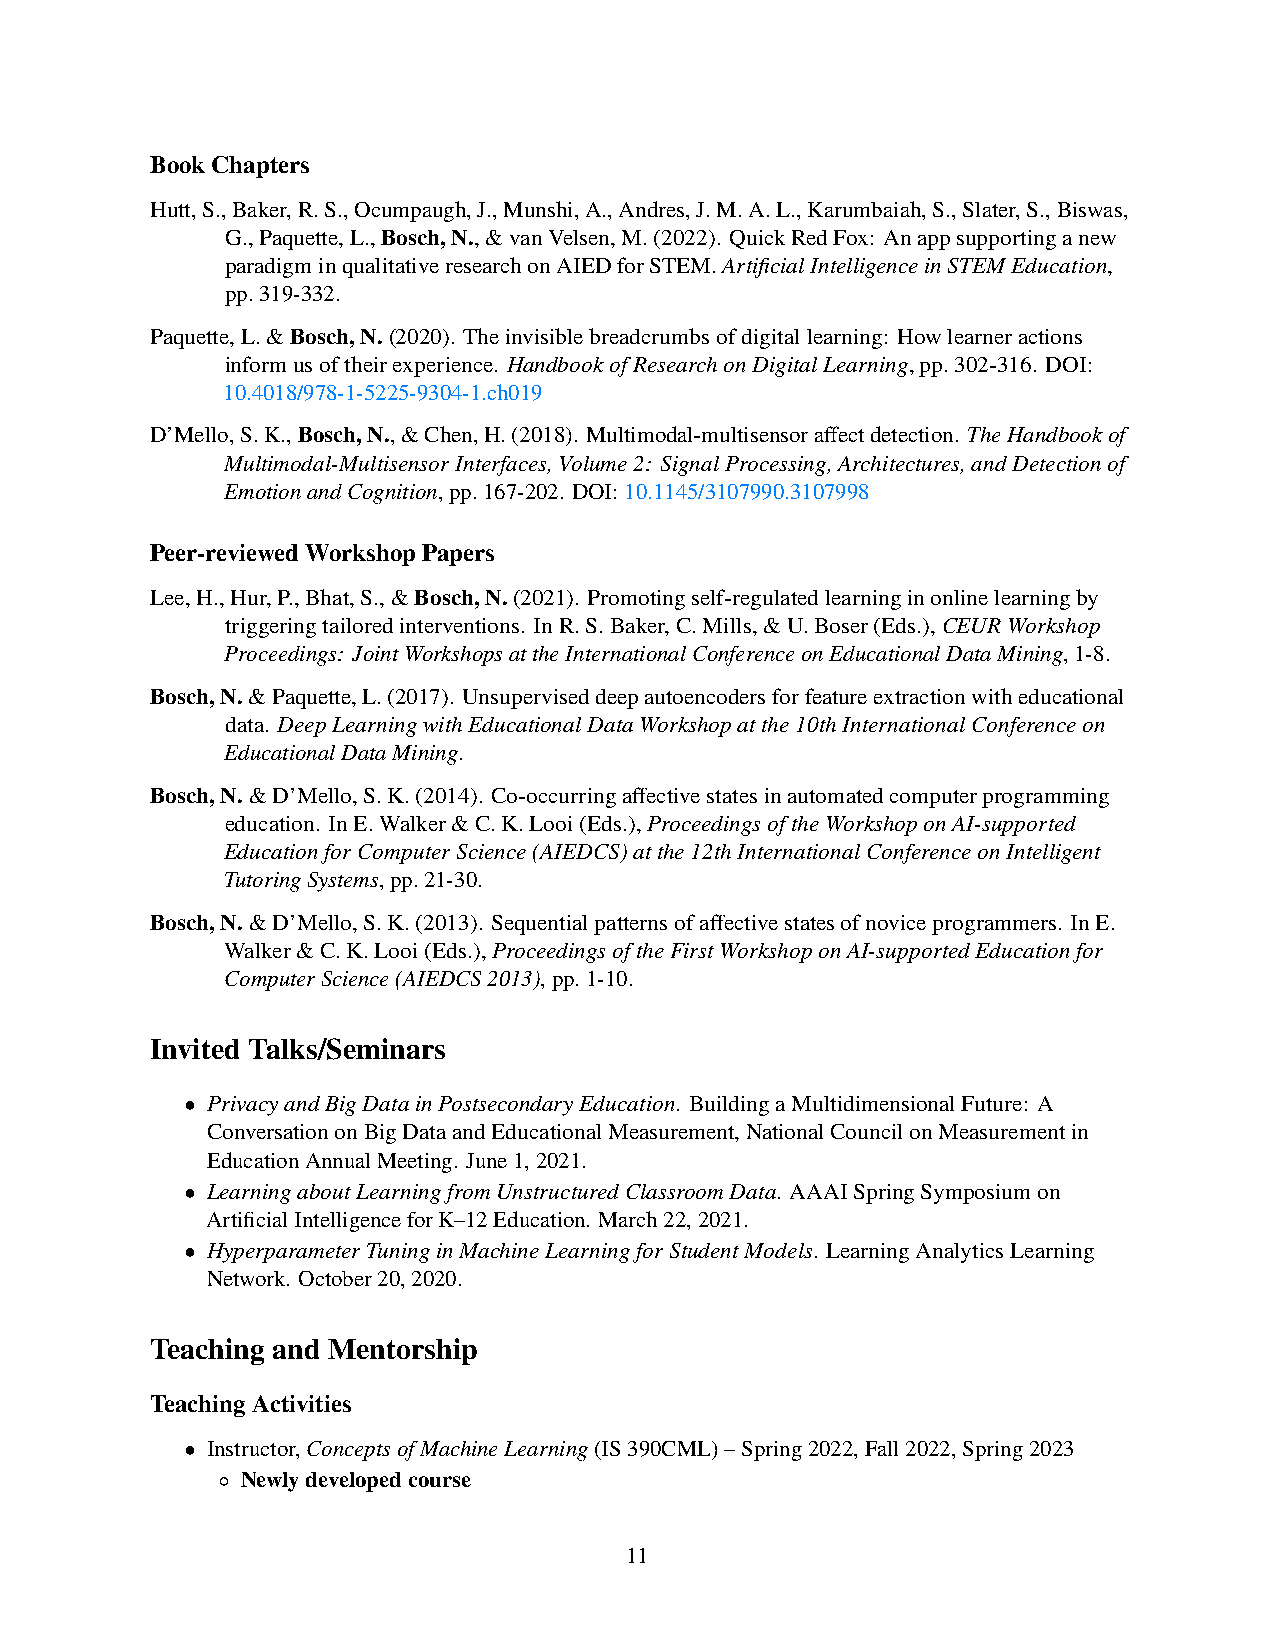
BookChapters
 Hutt,S.,Baker,R.S.,Ocumpaugh,J.,Munshi,A.,Andres,J.M.A.L.,Karumbaiah,S.,Slater,S.,Biswas,
 G.,Paquette,L.,Bosch,N.,&vanVelsen,M.(2022). QuickRedFox: Anappsupportinganew
 paradigminqualitativeresearchonAIEDforSTEM.ArtificialIntelligenceinSTEMEducation,
 pp.319-332.
 Paquette,L.&Bosch,N.(2020). Theinvisiblebreadcrumbsofdigitallearning: Howlearneractions
 informusoftheirexperience. HandbookofResearchonDigitalLearning,pp.302-316. DOI:
 10.4018/978-1-5225-9304-1.ch019
 D’Mello,S.K.,Bosch,N.,&Chen,H.(2018). Multimodal-multisensoraffectdetection. TheHandbookof
 Multimodal-MultisensorInterfaces,Volume2: SignalProcessing,Architectures,andDetectionof
 EmotionandCognition,pp.167-202. DOI:10.1145/3107990.3107998
 Peer-reviewedWorkshopPapers
 Lee,H.,Hur,P.,Bhat,S.,&Bosch,N.(2021). Promotingself-regulatedlearninginonlinelearningby
 triggeringtailoredinterventions. InR.S.Baker,C.Mills,&U.Boser(Eds.),CEURWorkshop
 Proceedings: JointWorkshopsattheInternationalConferenceonEducationalDataMining,1-8.
 Bosch,N.&Paquette,L.(2017). Unsuperviseddeepautoencodersforfeatureextractionwitheducational
 data. DeepLearningwithEducationalDataWorkshopatthe10thInternationalConferenceon
 EducationalDataMining.
 Bosch,N.&D’Mello,S.K.(2014). Co-occurringaffectivestatesinautomatedcomputerprogramming
 education. InE.Walker&C.K.Looi(Eds.),ProceedingsoftheWorkshoponAI-supported
 EducationforComputerScience(AIEDCS)atthe12thInternationalConferenceonIntelligent
 TutoringSystems,pp.21-30.
 Bosch,N.&D’Mello,S.K.(2013). Sequentialpatternsofaffectivestatesofnoviceprogrammers. InE.
 Walker&C.K.Looi(Eds.),ProceedingsoftheFirstWorkshoponAI-supportedEducationfor
 ComputerScience(AIEDCS2013),pp.1-10.
 Invited Talks/Seminars
 • PrivacyandBigDatainPostsecondaryEducation. BuildingaMultidimensionalFuture: A
 ConversationonBigDataandEducationalMeasurement,NationalCouncilonMeasurementin
 EducationAnnualMeeting. June1,2021.
 • LearningaboutLearningfromUnstructuredClassroomData. AAAISpringSymposiumon
 ArtificialIntelligenceforK–12Education. March22,2021.
 • HyperparameterTuninginMachineLearningforStudentModels. LearningAnalyticsLearning
 Network. October20,2020.
 Teaching and Mentorship
 TeachingActivities
 • Instructor,ConceptsofMachineLearning(IS390CML)–Spring2022,Fall2022,Spring2023
 ◦ Newlydevelopedcourse
 11